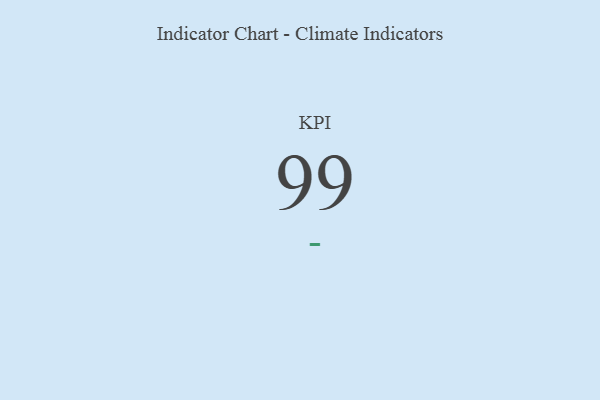
{"axis": {"x": "KPI", "y": "Value"}, "legend": [""], "data": [{"x": "KPI", "y": 99, "type": ""}]}